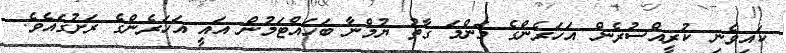
ކައިވެނި ކުރީއްސުރެން އަހަރެންގެ މަންމަ ގާތު ޔުމްނާ ބަހައްޓަމުން އައީ އަހަރެންގެ ރަށުގައެވެ.